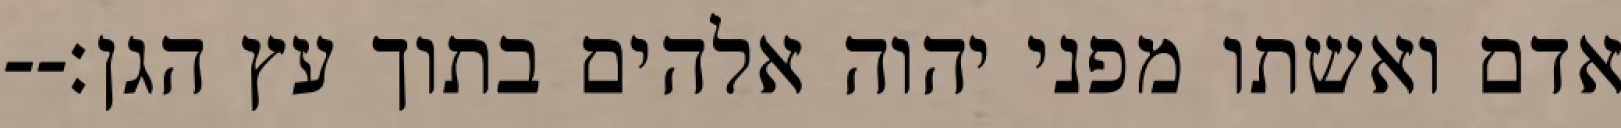
אדם ואשתו מפני יהוה אלהים בתוך עץ הגן׃--